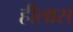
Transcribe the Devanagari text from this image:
हीलास